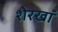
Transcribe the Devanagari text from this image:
शेरखां